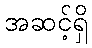
အဆင့်ရှိ